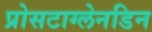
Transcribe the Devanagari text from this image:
प्रोसटाग्लेनडिन